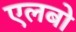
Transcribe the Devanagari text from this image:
एलबो